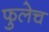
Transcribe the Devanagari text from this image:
फुलेच